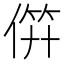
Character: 𬿉